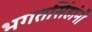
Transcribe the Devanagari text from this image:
भगतसिंहांनी